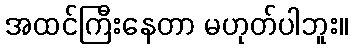
အထင်ကြီးနေတာ မဟုတ်ပါဘူး။